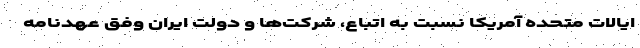
ایالات متحده آمریکا نسبت به اتباع، شرکت‌ها و دولت ایران وفق عهدنامه